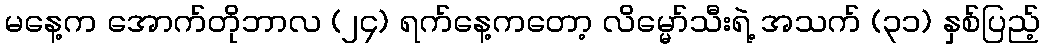
မနေ့က အောက်တိုဘာလ (၂၄) ရက်နေ့ကတော့ လိမ္မော်သီးရဲ့ အသက် (၃၁) နှစ်ပြည့်